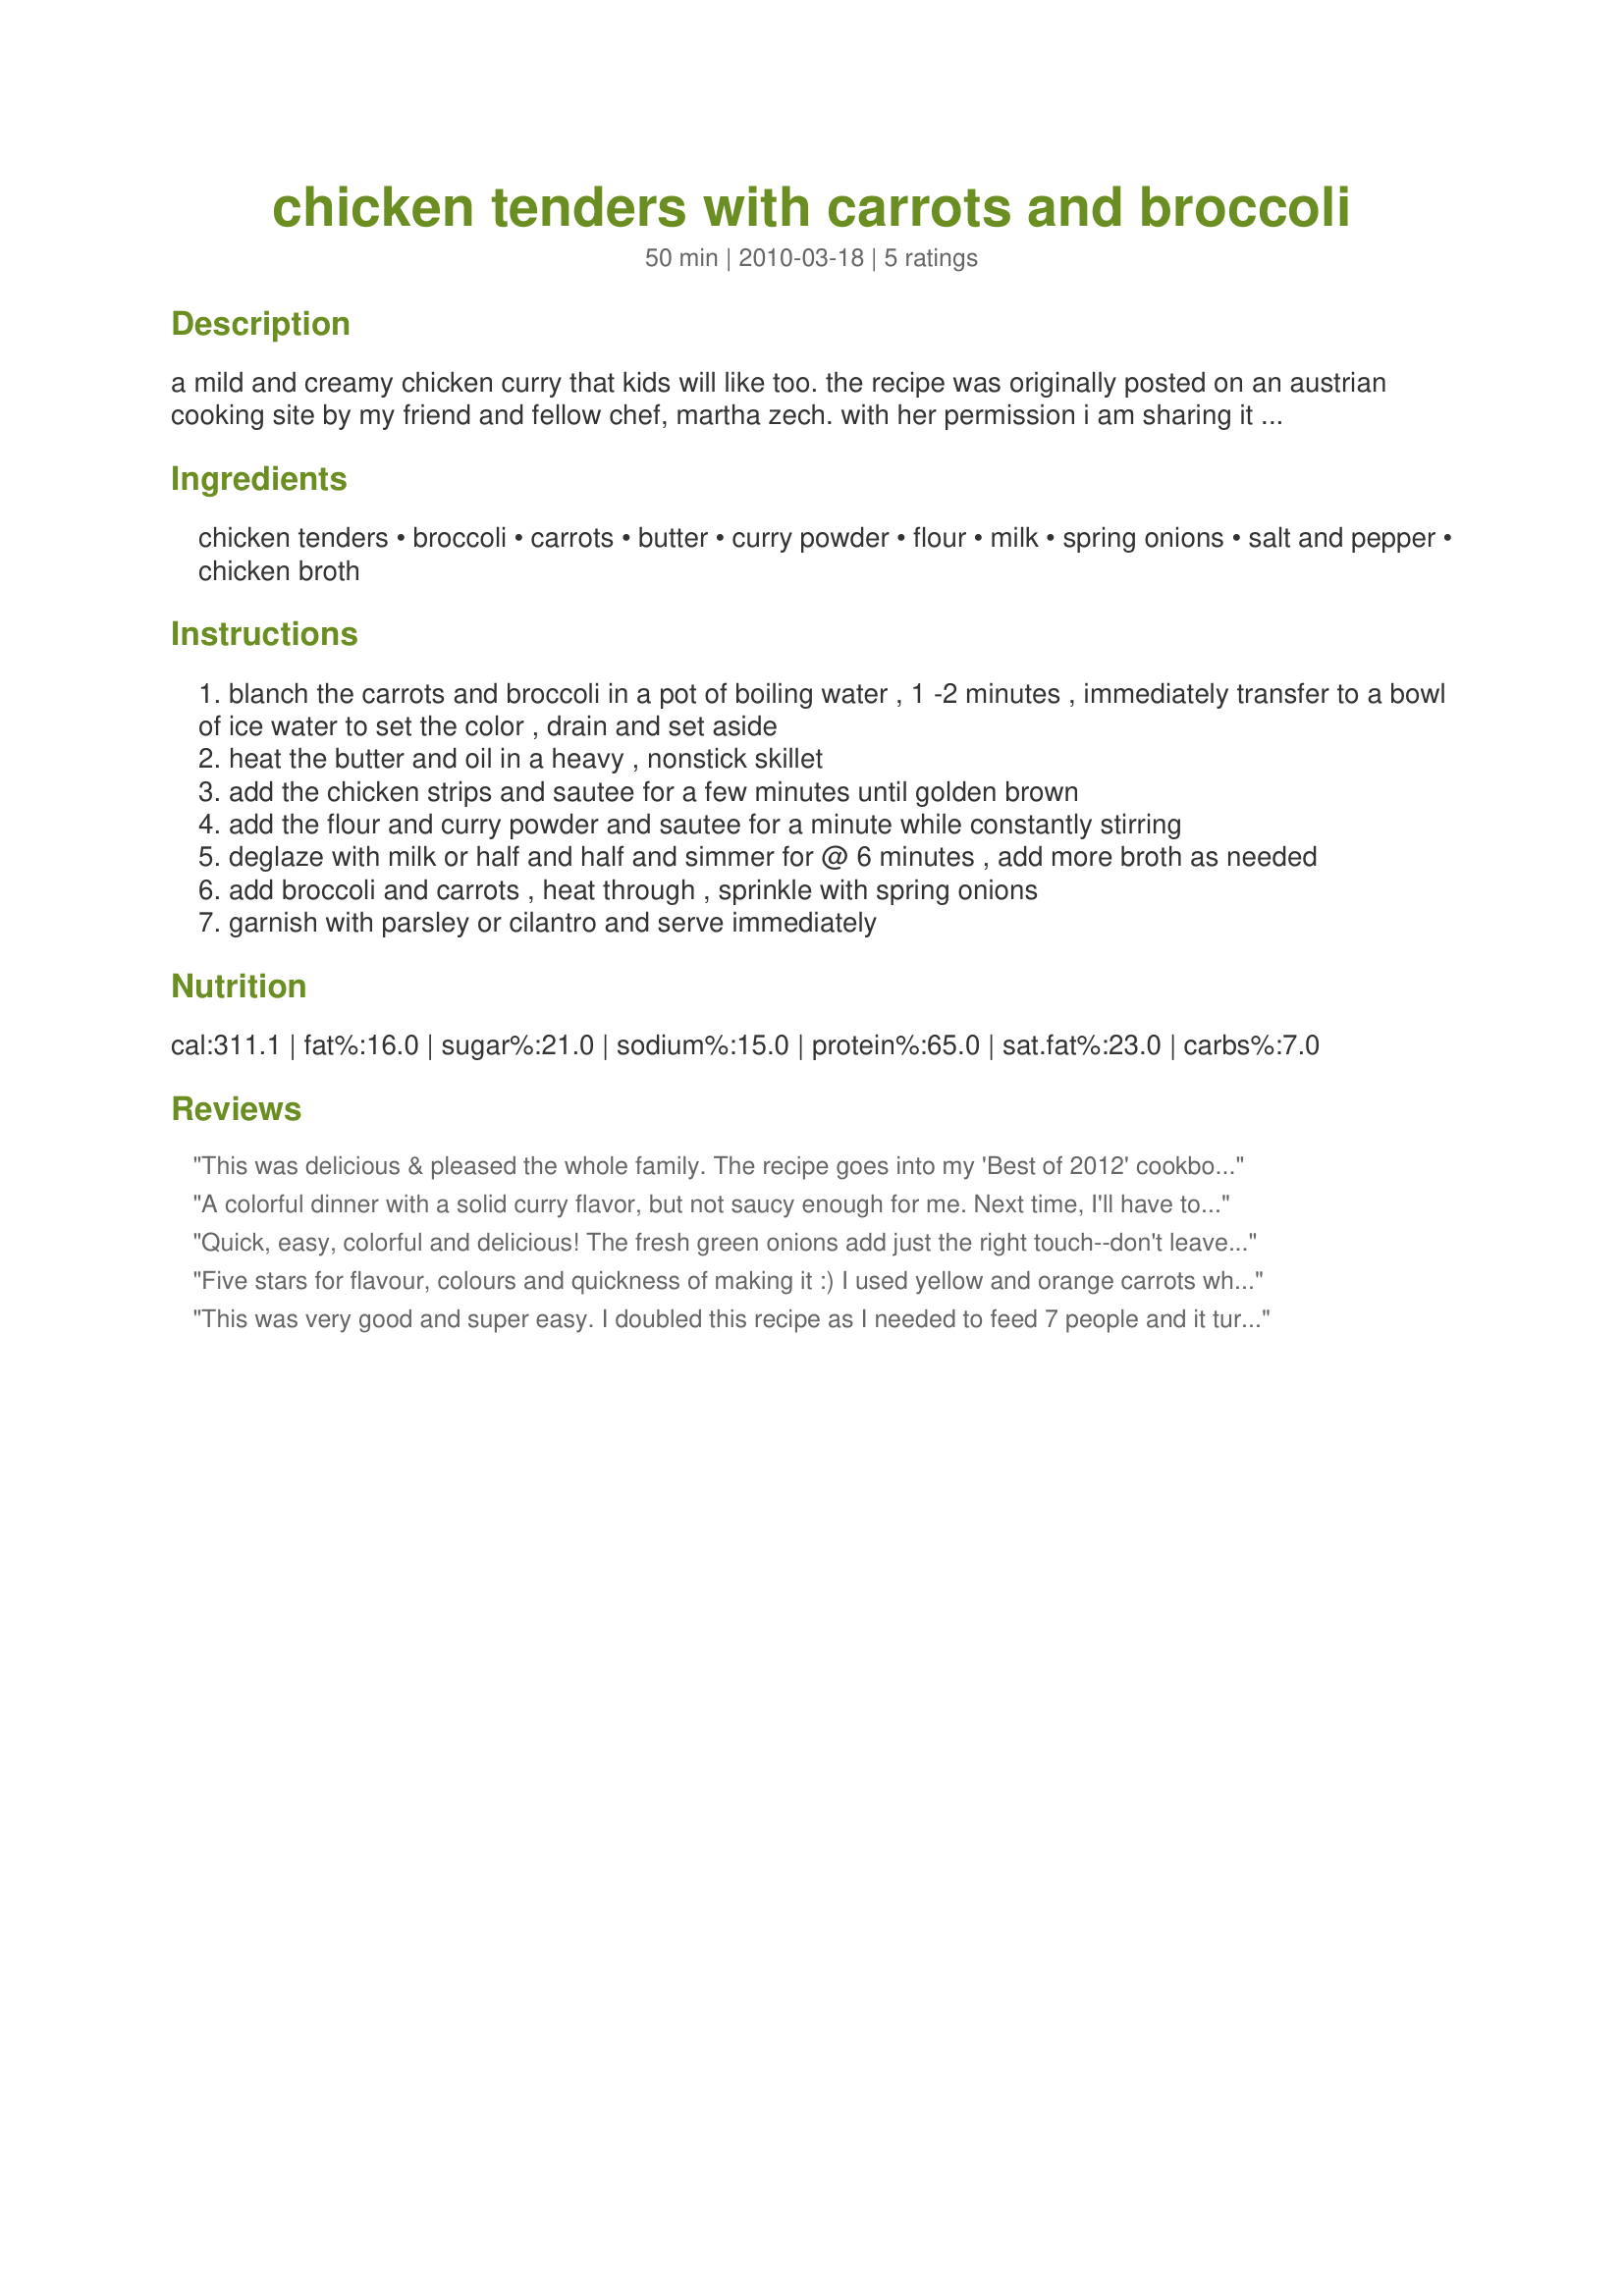
chicken tenders with carrots and broccoli
Preparation time: 50 minutes

a mild and creamy chicken curry that kids will like too. the recipe was originally posted on an austrian cooking site by my friend and fellow chef, martha zech. with her permission i am sharing it with the zaar family.
the original title of the dish is "haehnchen - geschnetzeltes mit brokkoli und karotten". serve over rice or oriental noodles for a great weeknight dinner.

Ingredients:
chicken tenders, broccoli, carrots, butter, curry powder, flour, milk, spring onions, salt and pepper, chicken broth

Steps:
blanch the carrots and broccoli in a pot of boiling water , 1 -2 minutes , immediately transfer to a bowl of ice water to set the color , drain and set aside
heat the butter and oil in a heavy , nonstick skillet
add the chicken strips and sautee for a few minutes until golden brown
add the flour and curry powder and sautee for a minute while constantly stirring
deglaze with milk or half and half and simmer for @ 6 minutes , add more broth as needed
add broccoli and carrots , heat through , sprinkle with spring onions
garnish with parsley or cilantro and serve immediately

Reviews:
This was delicious & pleased the whole family. The recipe goes into my 'Best of 2012' cookbook and will definitely be made again. The tasty sauce is stellar & there is plenty to serve over rice or noodles. I added 1 T. fresh ginger & 1 clove of garlic when sauteing the chicken, but otherwise followed the recipe. I garnished my portion with cilantro & red chili flakes. Thank you for sharing the recipe!
A colorful dinner with a solid curry flavor, but not saucy enough for me. Next time, I'll have to add some more broth. Garlic and ginger would also make the flavors pop.
Quick, easy, colorful and delicious! The fresh green onions add just the right touch--don't leave them out! Used about one teaspoon of hot madras curry in addition to regular curry powder, and it was just right for us. Thank you for another great recipe, Elfie! Made for More than Sauerkraut and Dumplings in the German Forum.
Five stars for flavour, colours and quickness of making it :) I used yellow and orange carrots which looked very nice with the broccoli and spring onions. For the curry powder I used hot madras curry powder. Only thing I altered was that I used cashew milk instead of cow's milk, but the difference in taste is not big. This was perfect for a quick but still healthy, elegant and very tasty lunch! Thanks for sharing.<br/>Made for PAC spring 2012.
This was very good and super easy. I doubled this recipe as I needed to feed 7 people and it turned out great. Servings on this dish must be quite large, I honestly think that I could have made regular recipe and still been able to feed everyone. I had to add salt and pepper and my curry powder was not very good quality, it is what you get in bulk from Sam&#039;s Club, also I think it is more of a sweet curry powder. I will be keeping this recipe handy for a night when I need a quick, easy meal. Thanks gemini08. Made for Spring 2013 PAC.
